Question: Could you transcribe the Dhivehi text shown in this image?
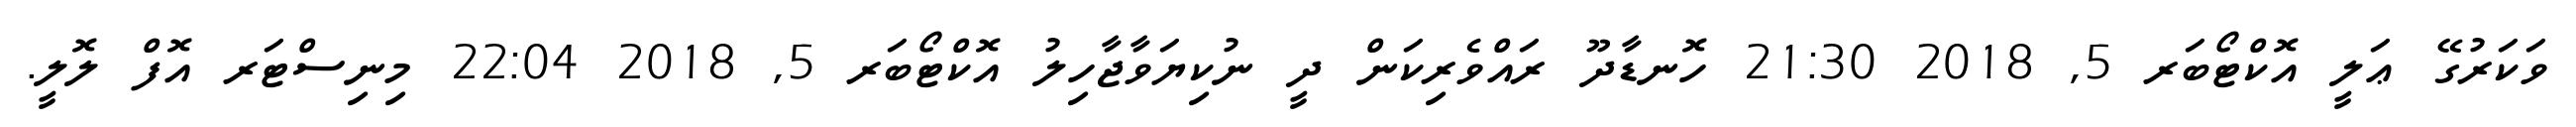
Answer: ވަކަރުގޭ ޢަލީ އޮކްޓޯބަރ 5, 2018 21:30 ހޮނޑާދޫ ރައްވެރިކަން ދީ ނުކިޔަވާޖާހިލު އޮކްޓޯބަރ 5, 2018 22:04 މިނިސްޓަރ އޮފް ލޮލީ.